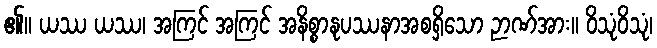
၏။ ယဿ ယဿ၊ အကြင် အကြင် အနိစ္စာနုပဿနာအစရှိသော ဉာဏ်အား။ ဝိသုံဝိသုံ၊